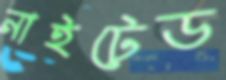
নাইটেড